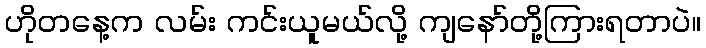
ဟိုတနေ့က လမ်း ကင်းယူမယ်လို့ ကျနော်တို့ကြားရတာပဲ။